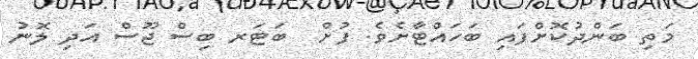
މަތި ބަންދުކޮށްފައި ބަހައްޓާށެވެ. ފުށް  ބަޓަރ ބިސް ޖޫސް އަދި ލޮނު